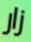
زار